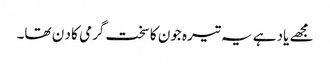
مجھے یاد ہے یہ تیرہ جون کا سخت گرمی کا د ن تھا۔